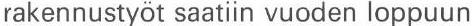
rakennustyöt saatiin vuoden loppuun